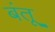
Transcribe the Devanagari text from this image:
बंतू